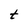
Character: t